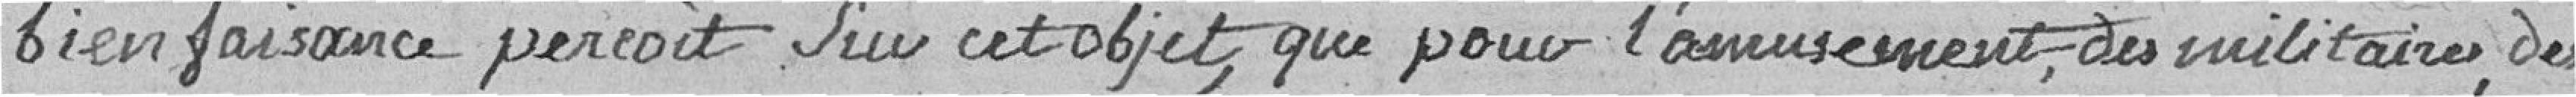
bienfaisance perçoit sur cet objet, que pour l'amusement des militaires, des